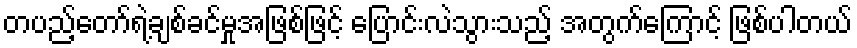
တပည့်တော်ရဲ့ချစ်ခင်မှုအဖြစ်ဖြင့် ပြောင်းလဲသွားသည့် အတွက်ကြောင့် ဖြစ်ပါတယ်